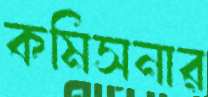
কমিসনার